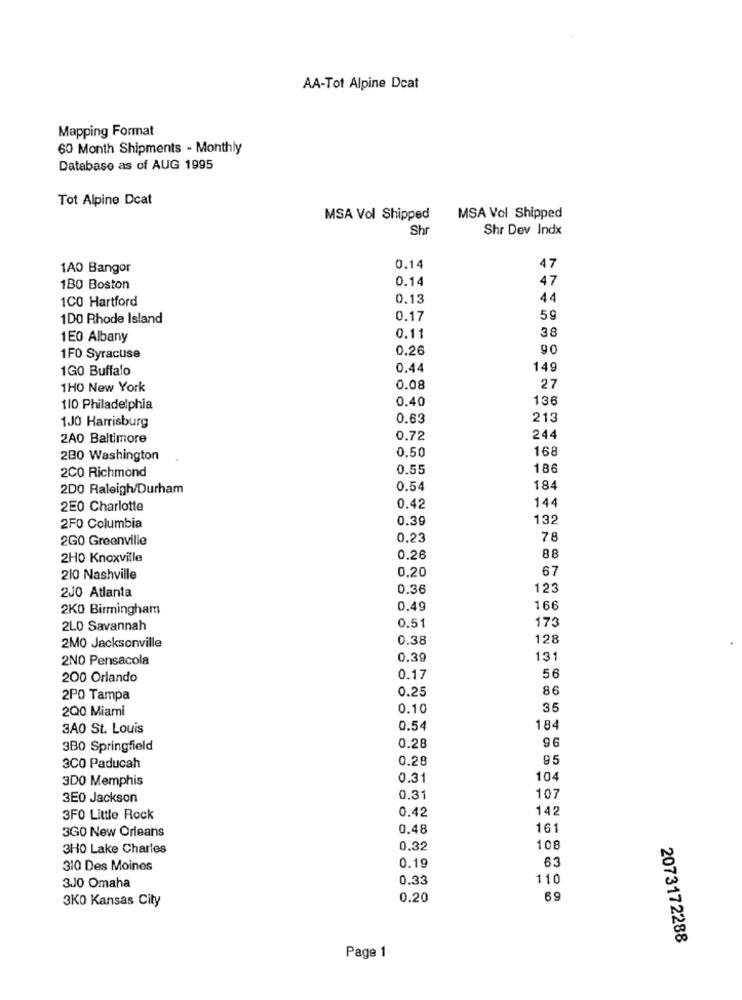
AA-Tot Alpine Deat
Mapping Format
60 Month Shipments - Monthly
Database as of AUG 1995
Tot Alpine Dcat
MSA Vol Shipped
MSA Vol Shipped
Shr
Shr Dev Indx
1A0 Bangor
0.14
47
0.14
47
180 Boston
1CO Hartford
0.13
44
1DO Rhode Island
0.17
59
38
1EO Albany
0.11
0.26
90
1FO Syracuse
1GO Buffalo
0.44
149
1HO New York
0.08
27
0.40
136
110 Philadelphia
1JO Harrisburg
0.63
213
2A0 Baltimore
0.72
244
0.50
168
280 Washington
2CO Richmond
0.55
186
2DO Raleigh/Durham
0.54
184
144
2E0 Charlotte
0.42
0.39
132
2FO Columbia
2GO Greenville
0.23
78
88
2HO Knoxville
0.26
0.20
67
210 Nashville
2J0 Atlanta
0.36
123
2KO Birmingham
0.49
166
0.51
173
2L0 Savannah
0.38
128
2MO Jacksonville
2NO Pensacola
0,39
131
200 Orlando
0.17
56
0.25
86
2PO Tampa
2Q0 Miami
0.10
35
3A0 St. Louis
0.54
184
380 Springfield
0.28
96
0.28
95
3CO Paducah
300 Memphis
0.31
104
3E0 Jackson
0.31
107
0.42
142
3F0 Little Rock
3G0 New Orleans
0.48
161
3H0 Lake Charles
0.32
108
63
310 Des Moines
0.19
3.10 Omaha
0.33
110
3KO Kansas City
0.20
69
2073172288
Page 1